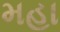
મહા